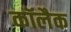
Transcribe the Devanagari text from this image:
कॉलैक